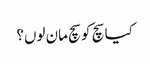
کیا سچ کو سچ مان لوں؟